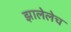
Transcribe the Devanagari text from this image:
झालेलेच